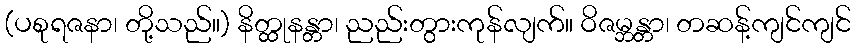
(ပစုရဇနာ၊ တို့သည်။) နိတ္ထုနန္တာ၊ ညည်းတွားကုန်လျက်။ ဝိဇမ္ဘန္တာ၊ တဆန့်ကျင်ကျင်